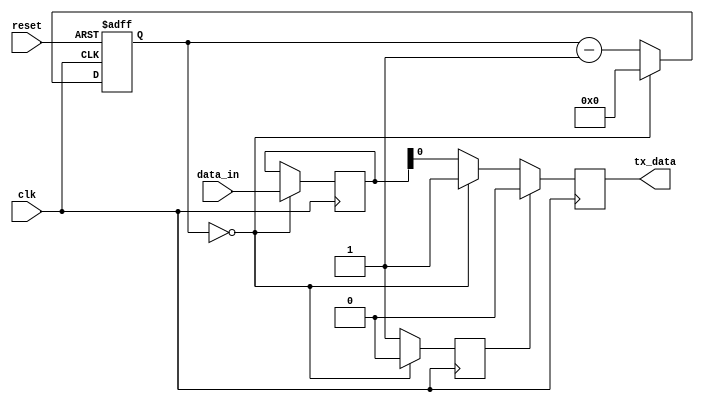
module UART_transmitter(
    input wire clk,             // System clock
    input wire reset,           // Reset signal
    input wire [7:0] data_in,   // Data to be transmitted
    output reg tx_data          // Serial data output
);

// Clock Divider
reg [11:0] counter = 12'b0;    // Divide by 12 for 9600 baud rate
always @(posedge clk or posedge reset)
begin
    if (reset)
        counter <= 12'b0;
    else if (counter == 12'b0)
        counter <= 12'b0;
    else
        counter <= counter - 1;
end

// Shift Register
reg [7:0] shift_reg = 8'b0;
always @(posedge clk)
begin
    if (counter == 12'b0)
        shift_reg <= {shift_reg[6:0], data_in};
end

// Control Logic Block
reg start_bit = 1'b1;
always @(posedge clk)
begin
    if (counter == 12'b0)
        start_bit <= 1'b0;
    else if (start_bit == 1'b0)
        start_bit <= 1'b1;
end

// Serial Data Output Block
always @(posedge clk)
begin
    if (start_bit)
        tx_data <= 1'b0;    // Start bit
    else if (counter == 12'b0)
        tx_data <= 1'b1;    // Stop bit
    else
        tx_data <= shift_reg[0];    // Data bit
end

endmodule